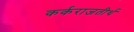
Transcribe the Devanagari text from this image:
कर्कराजतीर्थ